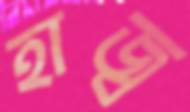
হাজ্ব